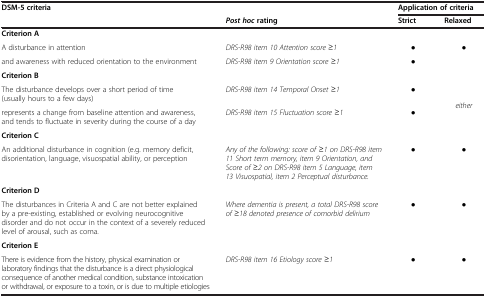
<table><thead><tr><td rowspan="2"><b>DSM-5 criteria</b></td><td></td><td colspan="2"><b>Application of criteria</b></td></tr><tr><td><b><i>Post hoc</i>rating</b></td><td><b>Strict</b></td><td><b>Relaxed</b></td></tr></thead><tbody><tr><td colspan="4"><b>Criterion A</b></td></tr><tr><td>A disturbance in attention</td><td><i>DRS-R98 item 10 Attention score ≥1</i></td><td>●</td><td>●</td></tr><tr><td>and awareness with reduced orientation to the environment</td><td><i>DRS-R98 item 9 Orientation score ≥1</i></td><td>●</td><td></td></tr><tr><td colspan="4"><b>Criterion B</b></td></tr><tr><td>The disturbance develops over a short period of time (usually hours to a few days)</td><td><i>DRS-R98 item 14 Temporal Onset ≥1</i></td><td>●</td><td rowspan="2"><i>either</i></td></tr><tr><td>represents a change from baseline attention and awareness, and tends to fluctuate in severity during the course of a day</td><td><i>DRS-R98 item 15 Fluctuation score ≥1</i></td><td>●</td></tr><tr><td colspan="4"><b>Criterion C</b></td></tr><tr><td>An additional disturbance in cognition (e.g. memory deficit, disorientation, language, visuospatial ability, or perception</td><td><i>Any of the following: score of ≥1 on DRS-R98 item 11 Short term memory, item 9 Orientation, and Score of ≥2 on DRS-R98 item 5 Language, item 13 Visuospatial, item 2 Perceptual disturbance.</i></td><td>●</td><td>●</td></tr><tr><td colspan="4"><b>Criterion D</b></td></tr><tr><td>The disturbances in Criteria A and C are not better explained by a pre-existing, established or evolving neurocognitive disorder and do not occur in the context of a severely reduced level of arousal, such as coma.</td><td><i>Where dementia is present, a total DRS-R98 score of ≥18 denoted presence of comorbid delirium</i></td><td>●</td><td>●</td></tr><tr><td colspan="4"><b>Criterion E</b></td></tr><tr><td>There is evidence from the history, physical examination or laboratory findings that the disturbance is a direct physiological consequence of another medical condition, substance intoxication or withdrawal, or exposure to a toxin, or is due to multiple etiologies</td><td><i>DRS-R98 item 16 Etiology score ≥1</i></td><td>●</td><td>●</td></tr></tbody></table>